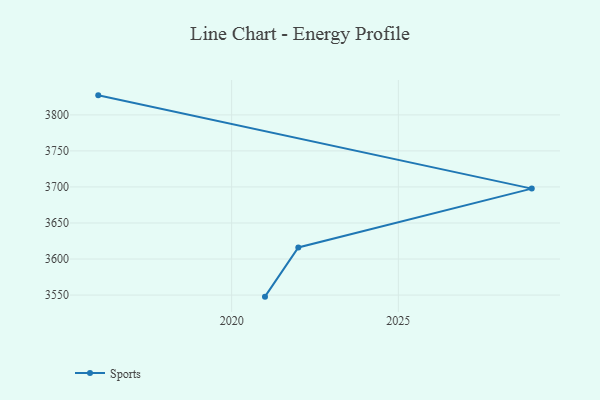
{"axis": {"x": "Year", "y": "Production Output"}, "legend": ["Sports"], "data": [{"x": "2016", "y": 3827.1, "type": "Sports"}, {"x": "2029", "y": 3697.7, "type": "Sports"}, {"x": "2022", "y": 3616.1, "type": "Sports"}, {"x": "2021", "y": 3547.8, "type": "Sports"}]}